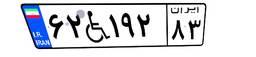
۷۲W۱۴۴۳۵